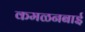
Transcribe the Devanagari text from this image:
कमळनबाई